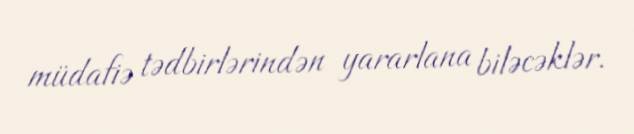
müdafiə tədbirlərindən yararlana biləcəklər.